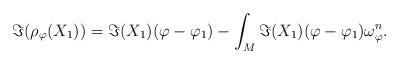
LaTeX: \begin{align*}\Im(\rho_{\varphi}(X_1)) = \Im(X_1) (\varphi -\varphi_1) - \int_M \Im(X_1) (\varphi -\varphi_1) \omega_{\varphi}^n.\end{align*}